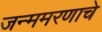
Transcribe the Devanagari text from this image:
जन्ममरणाचे